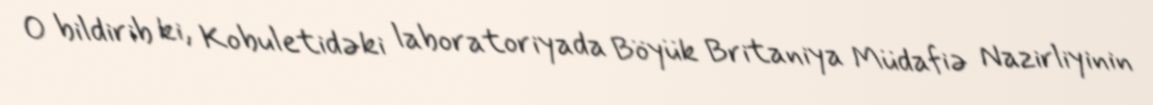
O bildirib ki, Kobuletidəki laboratoriyada Böyük Britaniya Müdafiə Nazirliyinin